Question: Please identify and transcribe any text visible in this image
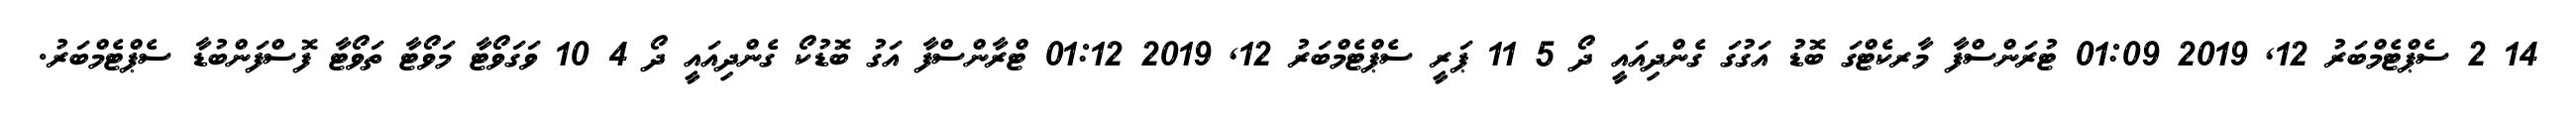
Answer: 14 2 ސެޕްޓެމްބަރު 12, 2019 01:09 ޓުރަންސްފާ މާރކެޓްގަ ބޮޑު އަގުގަ ގެންދިއައީ ދޯ 5 11 ޕަރީ ސެޕްޓެމްބަރު 12, 2019 01:12 ޓްރާންސްފާ އަގު ބޮޑުކޯ ގެންދިއައީ ދޯ 4 10 ވަގަވޯޓާ މަވޯޓާ ތަވޯޓާ ފޮސްފަންބުޑާ ސެޕްޓެމްބަރު.